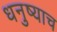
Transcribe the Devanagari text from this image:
धनुष्याच